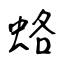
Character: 蛒